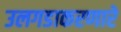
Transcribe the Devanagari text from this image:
उलगडाकरणारे